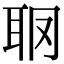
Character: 𦕋